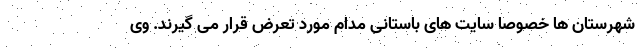
شهرستان ها خصوصا سایت های باستانی مدام مورد تعرض قرار می گیرند. وی